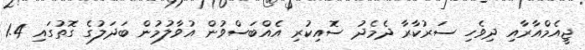
ޖީއެމްއާރާއި ދިވެހި ސަރުކާރާ ދެމެދު ސޮއިކުރި އެއްބަސްވުން އުވާލުމުން ބަދަލުގެ ގޮތުގައި 1.4